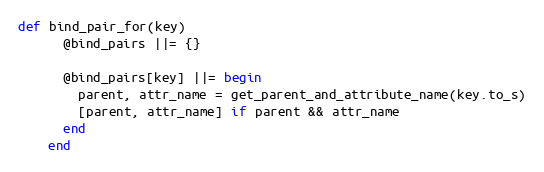
Language: Ruby
def bind_pair_for(key)
      @bind_pairs ||= {}

      @bind_pairs[key] ||= begin
        parent, attr_name = get_parent_and_attribute_name(key.to_s)
        [parent, attr_name] if parent && attr_name
      end
    end